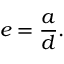
e = { \frac { a } { d } } .